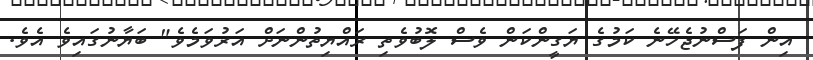
އިން ފަސްނުޖެހޭނެ ކަމުގެ ޔަގީންކަން ވެސް ލޮބުވެތި ރައްޔިތުންނަށް އަރުވަމެވެ" ބަޔާނުގައިވެ އެވެ.